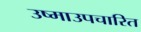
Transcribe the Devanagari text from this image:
उष्माउपचारित